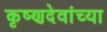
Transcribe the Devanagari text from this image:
कृष्णदेवांच्या